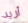
أريد